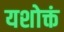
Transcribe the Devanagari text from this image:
यशोक्तं